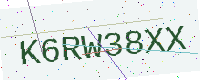
Text: K6RW38XX